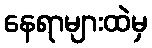
နေရာများထဲမှ